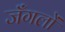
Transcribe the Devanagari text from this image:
जँगलों